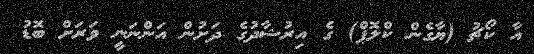
އާ ކޯޗު (ޔާގެން ކްލޮޕް) ގެ އިރުޝާދުގެ ދަށުން އަންނަނީ ވަރަށް ބޮޑު